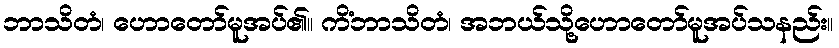
ဘာသိတံ၊ ဟောတော်မူအပ်၏။ ကိံဘာသိတံ၊ အဘယ်သို့ဟောတော်မူအပ်သနည်း။